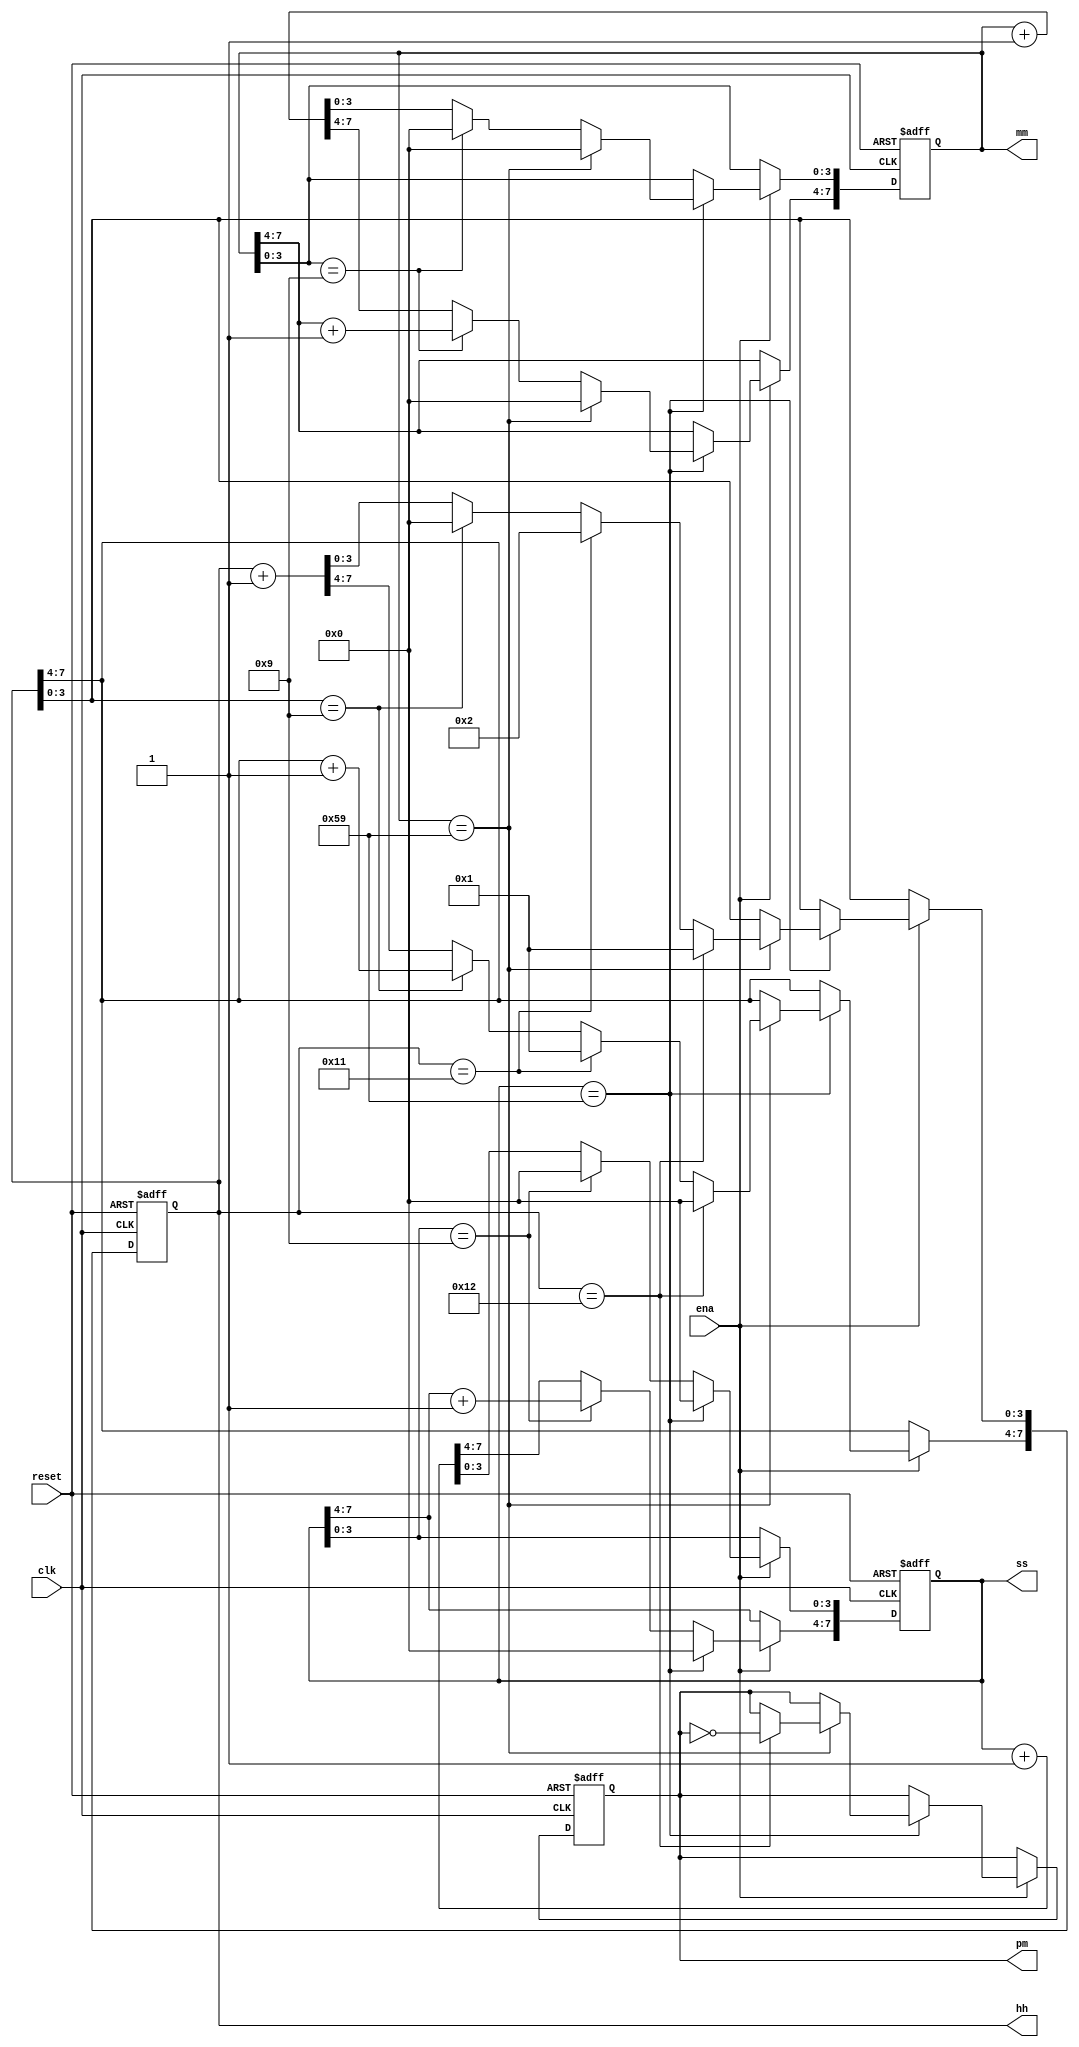
module top_module(
    input clk,
    input reset,
    input ena,
    output reg pm,
    output reg [7:0] hh,
    output reg [7:0] mm,
    output reg [7:0] ss); 

    always @(posedge clk or posedge reset) begin
        if (reset) begin
            hh <= 8'h12;    // 12 AM
            mm <= 8'h00;    // 00 minutes
            ss <= 8'h00;    // 00 seconds
            pm <= 1'b0;     // AM
        end else if (ena) begin
            if (ss == 8'h59) begin
                ss <= 8'h00;
                if (mm == 8'h59) begin
                    mm <= 8'h00;
                    if (hh == 8'h12) begin
                        hh <= 8'h01;
                        pm <= ~pm;
                    end else if (hh == 8'h11) begin
                        hh <= 8'h12;
                    end else if (hh[3:0] == 4'h9) begin
                        hh[3:0] <= 4'h0;
                        hh[7:4] <= hh[7:4] + 1;
                    end else begin
                        hh <= hh + 1;
                    end
                end else if (mm[3:0] == 4'h9) begin
                    mm[3:0] <= 4'h0;
                    mm[7:4] <= mm[7:4] + 1;
                end else begin
                    mm <= mm + 1;
                end
            end else if (ss[3:0] == 4'h9) begin
                ss[3:0] <= 4'h0;
                ss[7:4] <= ss[7:4] + 1;
            end else begin
                ss <= ss + 1;
            end
        end
    end
endmodule